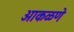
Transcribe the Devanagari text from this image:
आकळणे